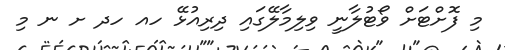
މި ފޮށްޓަށް ވޯޓުލާނީ ވިލިމާލޭގައި ދިރިއުޅޭ ހއ ހދ ށ ނ މި